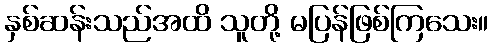
နှစ်ဆန်းသည်အထိ သူတို့ မပြန်ဖြစ်ကြသေး။